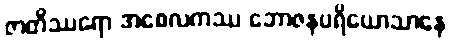
ဇာတိဿရော အစေလကဿ ဘောဇနပရိယောသာနေ